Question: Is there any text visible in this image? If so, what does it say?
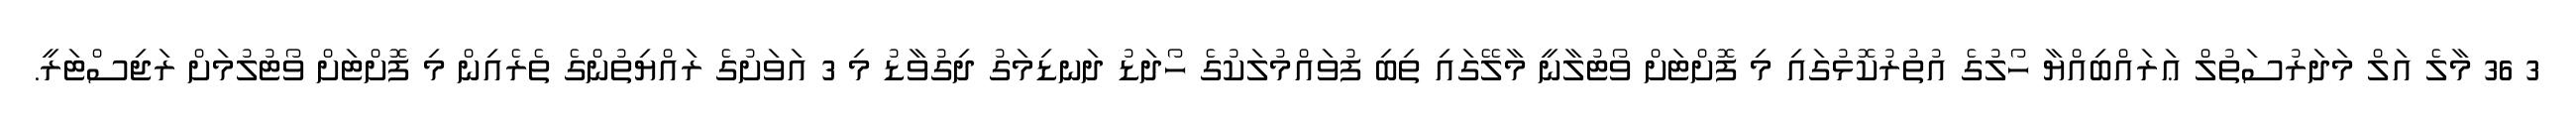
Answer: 3 36 މާލެ އަލް މަދަރުސަތުލް ޢަރައްބިއްޔާ ހޯލުގެ އުތުރުކޮޅުގައި މި ފޮށްޓަށް ވޯޓުލާނީ މާލޭގައި ތިބި ފުވައްމުލަކުގެ ހޯދަޑު ދަނޑިމަގު ދިގުވާޑު މި 3 އަވަށުގެ ރައްޔިތުންގެ ތެރެއިން މި ފޮށްޓަށް ވޯޓުލުމަށް ރަޖިސްޓަރީ.